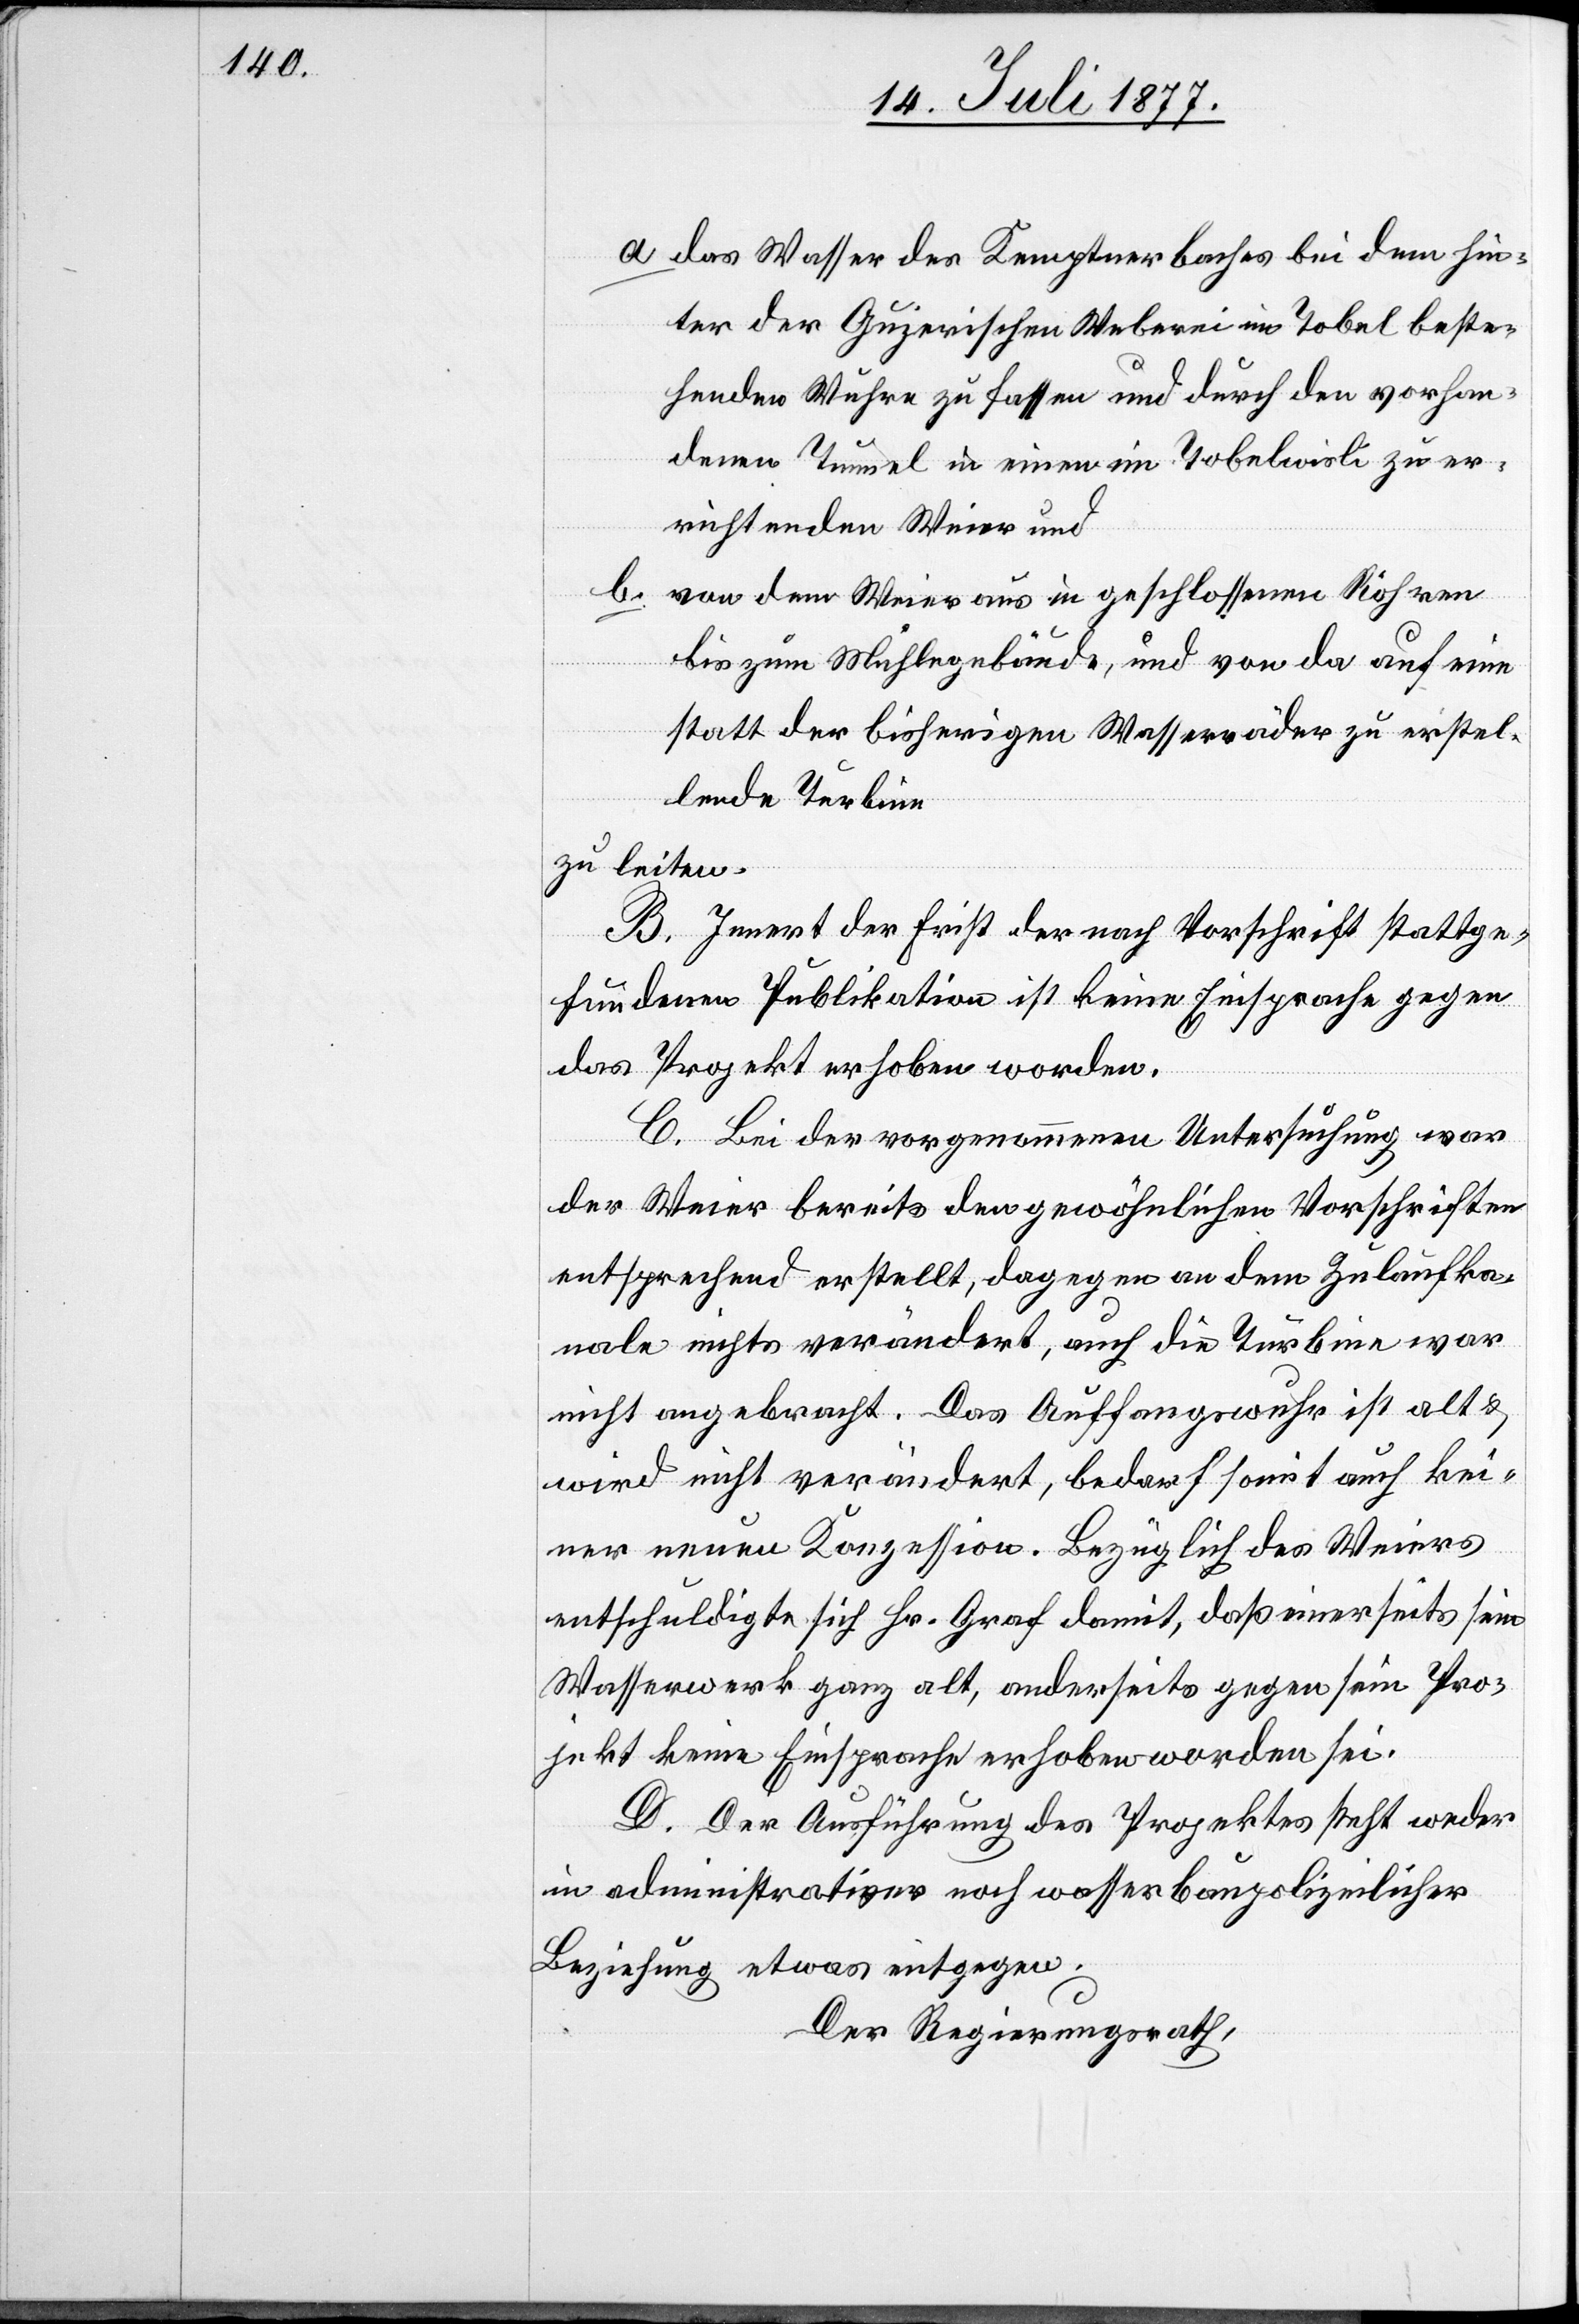
a.

das Wasser des Kemptnerbaches bei dem hin¬
ter der Gujerischen Weberei im Tobel beste¬
henden Wuhre zu fassen und durch den vorhan¬
denen Tunnel in einen im Tobelwisli zu er¬
richtenden Weier und
b.
von dem Weier aus in geschlossenen Röhren
bis zum Mühlegebäude, und von da auf eine
statt der bisherigen Wasserräder zu erstel¬
lende Turbine
zu leiten.
B. Innert der Frist der nach Vorschrift stattge¬
fundenen Publikation ist keine Einsprache gegen
das Projekt erhoben worden.
C. Bei der vorgenommenen Untersuchung war
der Weier bereits den gewöhnlichen Vorschriften
entsprechend erstellt, dagegen an dem Zulaufka¬
nale nichts verändert, auch die Turbine war
nicht angebracht. Das Auffangswuhr ist alt &
wird nicht verändert, bedarf somit auch kei¬
ner neuen Konzession. Bezüglich des Weiers
entschuldigte sich Hr. Graf damit, daß einerseits sein
Wasserwerk ganz alt, anderseits gegen sein Pro¬
jekt keine Einsprache erhoben worden sei.
D. Der Ausführung des Projektes steht weder
in administrativer noch wasserbaupolizeilicher
Beziehung etwas entgegen.
Der Regierungsrath,